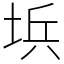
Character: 㙃